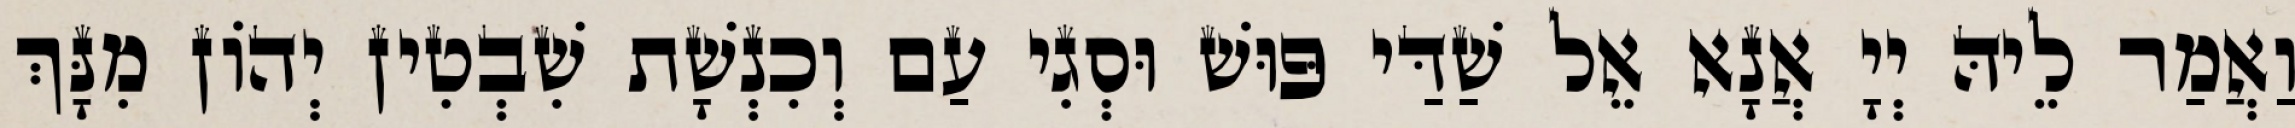
וַאֲמַר לֵיהּ יְיָ אֲנָא אֵל שַׁדַּי פּוּשׁ וּסְגִי עַם וְכִנְשָׁת שִׁבְטִין יְהוֹן מִנָּךְ